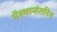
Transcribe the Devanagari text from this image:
मेंस्थानांतरित